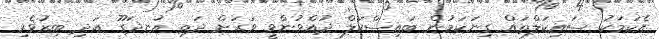
އެކަމަކު ސައިކަލްތައް ގިނަކަމުން ބައިސްކަލް ދުއްވުންވީ ވަރަށް ދަތި އުނދަގޫ އަދި ބިރުވެރި